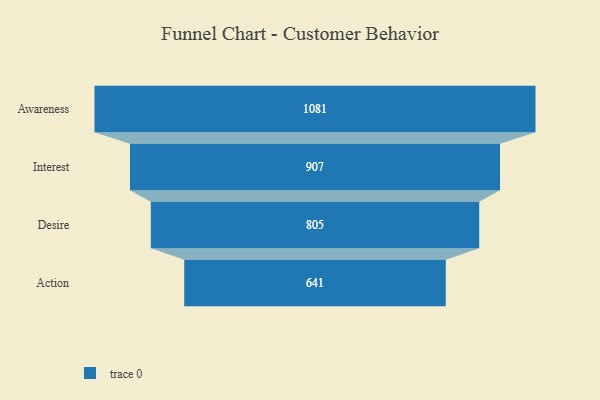
{"axis": {"x": "Stage", "y": "Value"}, "legend": [""], "data": [{"x": "Awareness", "y": 1081.0, "type": ""}, {"x": "Interest", "y": 907.0, "type": ""}, {"x": "Desire", "y": 805.0, "type": ""}, {"x": "Action", "y": 641.0, "type": ""}]}